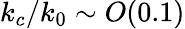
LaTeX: k_{c}/k_{0}\sim O(0.1)